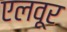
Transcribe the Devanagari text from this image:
एलवूर